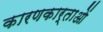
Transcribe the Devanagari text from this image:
कारणकार्ताओं